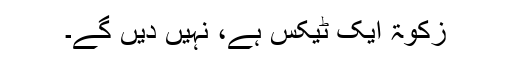
زکوٰۃ ایک ٹیکس ہے، نہیں دیں گے۔